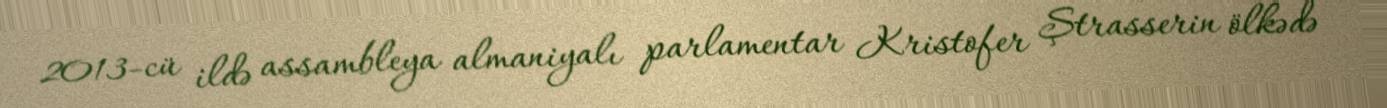
2013-cü ildə assambleya almaniyalı parlamentar Kristofer Ştrasserin ölkədə